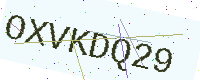
Text: OXVKDQ29